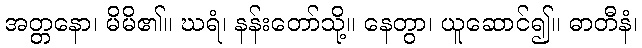
အတ္တနော၊ မိမိ၏။ ဃရံ၊ နန်းတော်သို့။ နေတွာ၊ ယူဆောင်၍။ ဓာတီနံ၊